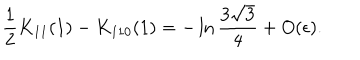
\frac { 1 } { 2 } K _ { 1 1 } ( 1 ) - K _ { 1 1 0 } ( 1 ) = - \ln \frac { 3 \sqrt { 3 } } { 4 } + O ( \epsilon ) .